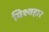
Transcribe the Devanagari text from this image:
विश्वहार